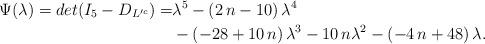
LaTeX: \begin{align*}\Psi(\lambda)=det(I_5-D_{L'^c})=&{\lambda}^{5}- \left( 2\,n-10 \right) {\lambda}^{4}\\&- \left( -28+10\,n\right) {\lambda}^{3}-10\,n{\lambda}^{2}- \left( -4\,n+48 \right)\lambda.\end{align*}